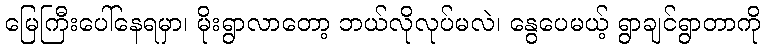
မြေကြီးပေါ်နေရမှာ၊ မိုးရွာလာတော့ ဘယ်လိုလုပ်မလဲ၊ နွေပေမယ့် ရွာချင်ရွာတာကို